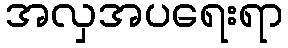
အလှအပရေးရာ